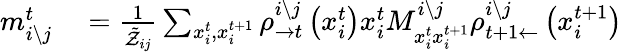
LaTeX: \begin{array}{rl}{m_{i\setminus j}^{t}}&{{}=\frac{1}{\tilde{\mathcal{Z}}_{ij}}\sum_{x_{i}^{t},x_{i}^{t+1}}\rho_{\rightarrow t}^{i\setminus j}\left(x_{i}^{t}\right)x_{i}^{t}M_{x_{i}^{t}x_{i}^{t+1}}^{i\setminus j}\rho_{t+1\leftarrow}^{i\setminus j}\left(x_{i}^{t+1}\right)}\end{array}